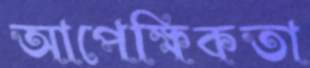
আপেক্ষিকতা